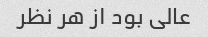
عالی بود از هر نظر